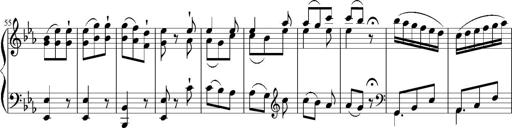
Title: 12 Sonatinas for Piano
Composer: Johann Baptist Vanhal